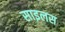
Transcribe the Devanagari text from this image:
साइलस